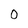
Character: 0